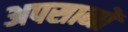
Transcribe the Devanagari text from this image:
अपसानों